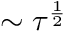
\sim \tau ^ { \frac { 1 } { 2 } }